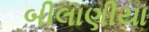
બીલાણીયા